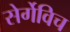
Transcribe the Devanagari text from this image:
सेर्गेविच